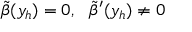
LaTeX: \tilde { \beta } ( y _ { h } ) = 0 , \ \ \tilde { \beta } ^ { \prime } ( y _ { h } ) \ne 0